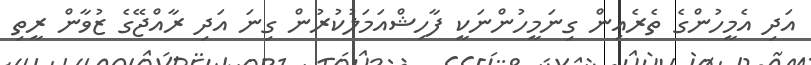
އަދި އެމީހުންގެ ތެރެއިން ގިނަމީހުންނަކީ ފާހިޝްއަމަލުކުރުން ގިނަ އަދި ރާއްޖޭގެ ޒުވާން ރީތި